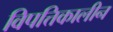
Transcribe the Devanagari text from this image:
विपत्तिकालीन